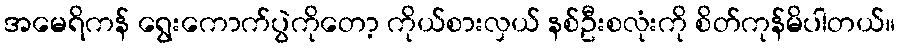
အမေရိကန် ရွေးကောက်ပွဲကိုတော့ ကိုယ်စားလှယ် နစ်ဦးစလုံးကို စိတ်ကုန်မိပါတယ်။